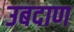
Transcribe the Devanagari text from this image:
उबदाण